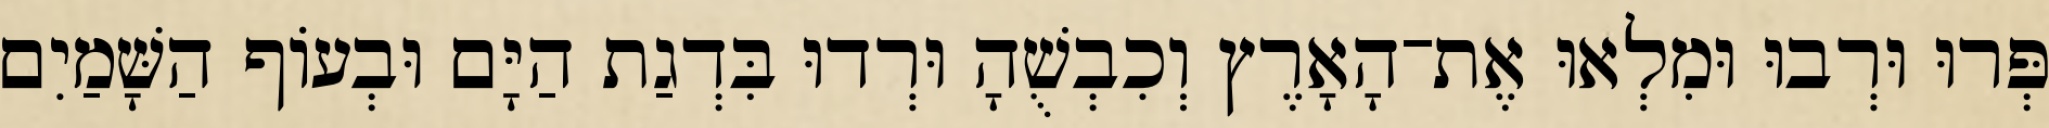
פְּרוּ וּרְבוּ וּמִלְאוּ אֶת־הָאָרֶץ וְכִבְשֻׁהָ וּרְדוּ בִּדְגַת הַיָּם וּבְעֹוף הַשָּׁמַיִם